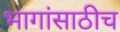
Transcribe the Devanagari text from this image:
भागांसाठीच